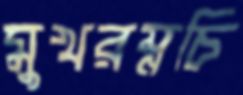
মুখরম্নচি